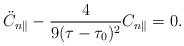
LaTeX: \begin{align*}\ddot{C}_{n\parallel}-\frac{4}{9(\tau-\tau_0)^2}C_{n\parallel}=0.\end{align*}